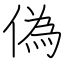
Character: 偽